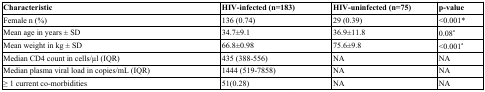
<table><thead><tr><td><b>Characteristic</b></td><td><b>HIV-infected (n=183)</b></td><td><b>HIV-uninfected (n=75)</b></td><td><b>p-value</b></td></tr></thead><tbody><tr><td>Female n (%)</td><td>136 (0.74)</td><td>29 (0.39)</td><td>&lt;0.001*</td></tr><tr><td>Mean age in years ± SD</td><td>34.7±9.1</td><td>36.9±11.8</td><td>0.08<sup>a</sup></td></tr><tr><td>Mean weight in kg ± SD</td><td>66.8±0.98</td><td>75.6±9.8</td><td>&lt;0.001<sup>a</sup></td></tr><tr><td>Median CD4 count in cells/μl (IQR)</td><td>435 (388-556)</td><td>NA</td><td>NA</td></tr><tr><td>Median plasma viral load in copies/mL (IQR)</td><td>1444 (519-7858)</td><td>NA</td><td>NA</td></tr><tr><td>≥ 1 current co-morbidities</td><td>51(0.28)</td><td>NA</td><td>NA</td></tr></tbody></table>